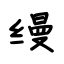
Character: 缦